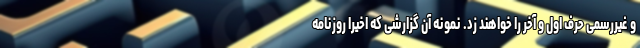
و غیررسمی حرف اول و آخر را خواهند زد. نمونه آن گزارشی که اخیرا روزنامه